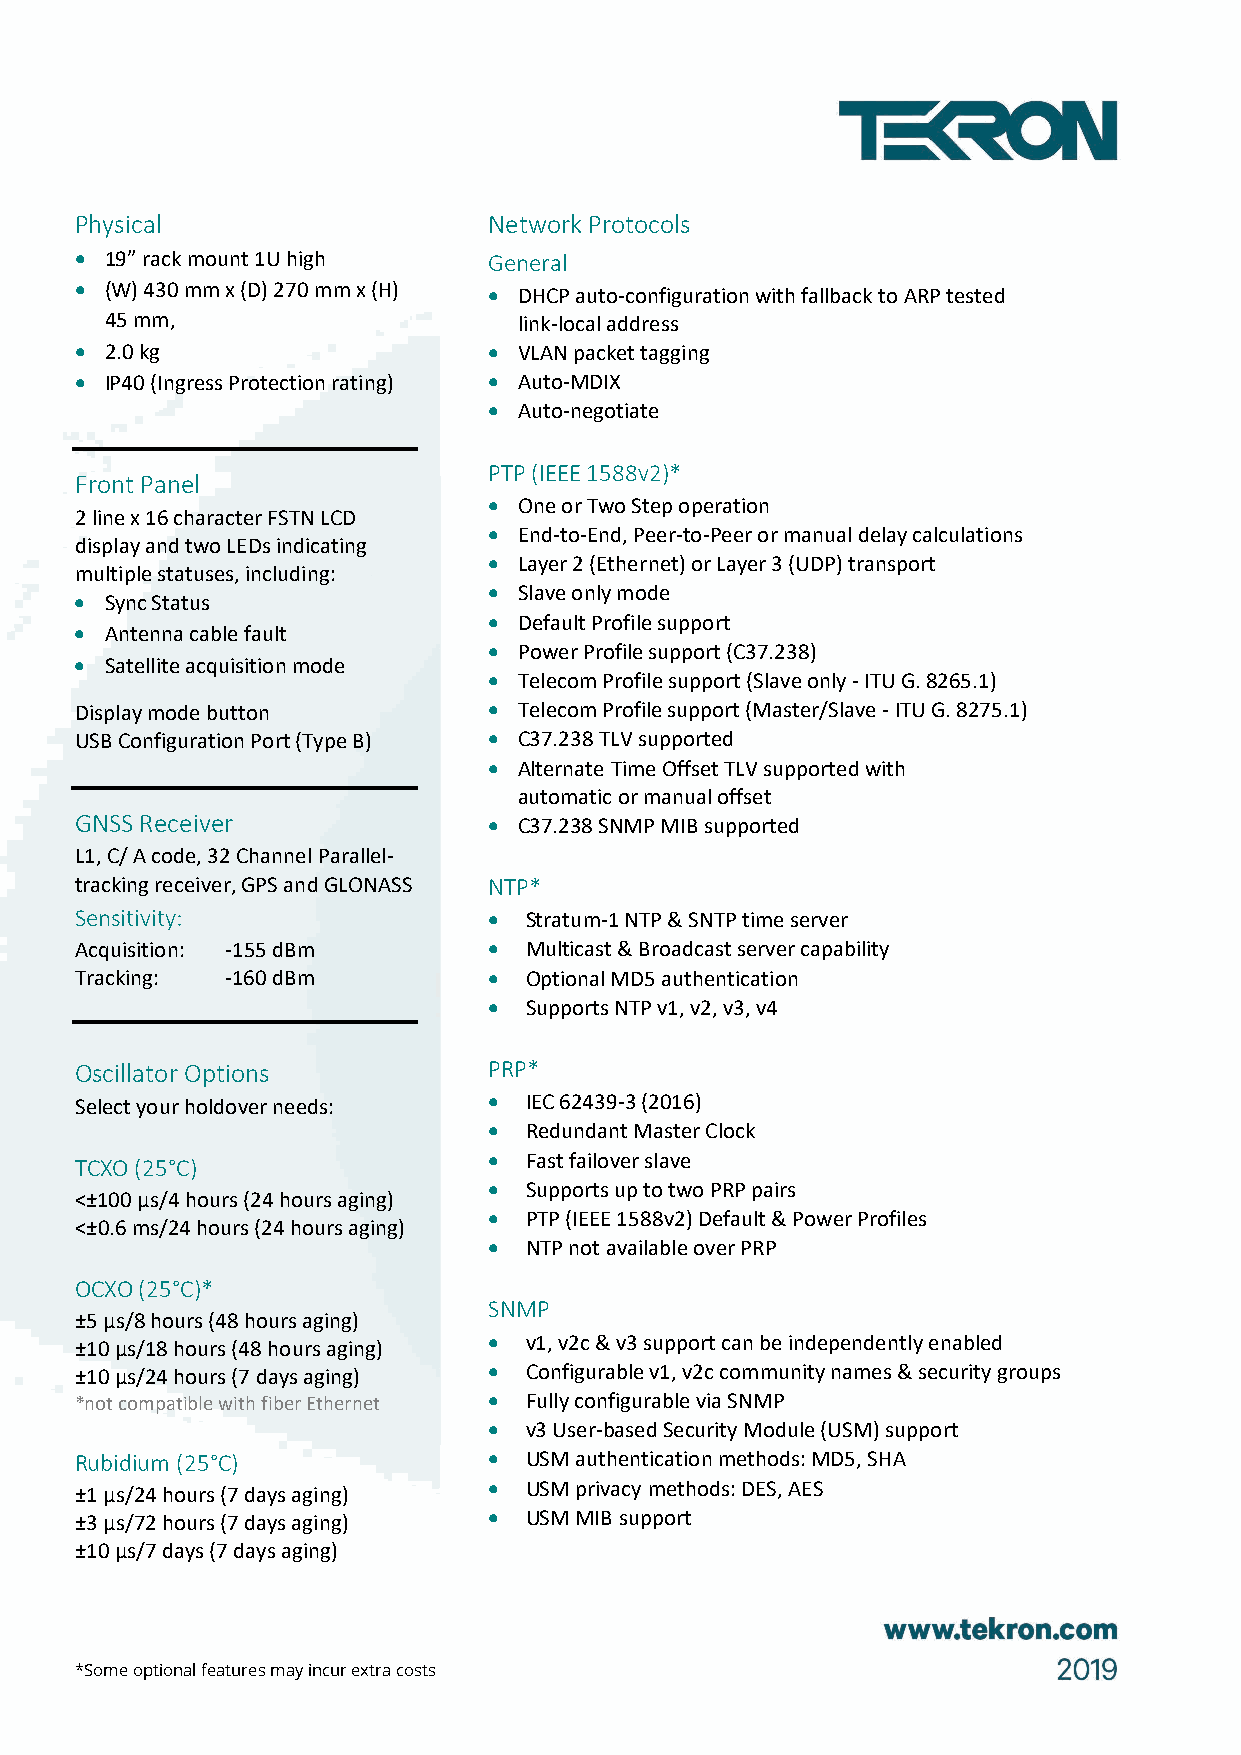
Physical                   Network Protocols
 • 19” rack mount 1U high   General
 • (W) 430 mm x (D) 270 mm x (H) • DHCP auto-configuration with fallback to ARP tested
 45 mm,                     link-local address
 • 2.0 kg                   • VLAN packet tagging
 • IP40 (Ingress Protection rating) • Auto-MDIX
 • Auto-negotiate
 PTP (IEEE 1588v2)*
 Front Panel
 • One or Two Step operation
 2 line x 16 character FSTN LCD
 • End-to-End, Peer-to-Peer or manual delay calculations
 display and two LEDs indicating
 • Layer 2 (Ethernet) or Layer 3 (UDP) transport
 multiple statuses, including:
 • Slave only mode
 • Sync Status
 • Default Profile support
 • Antenna cable fault
 • Power Profile support (C37.238)
 • Satellite acquisition mode
 • Telecom Profile support (Slave only - ITU G. 8265.1)
 Display mode button        • Telecom Profile support (Master/Slave - ITU G. 8275.1)
 USB Configuration Port (Type B) • C37.238 TLV supported
 • Alternate Time Offset TLV supported with
 automatic or manual offset
 GNSS Receiver              • C37.238 SNMP MIB supported
 L1, C/ A code, 32 Channel Parallel-
 tracking receiver, GPS and GLONASS NTP*
 Sensitivity:               •  Stratum-1 NTP & SNTP time server
 Acquisition: -155 dBm      •  Multicast & Broadcast server capability
 Tracking: -160 dBm         •  Optional MD5 authentication
 •  Supports NTP v1, v2, v3, v4
 Oscillator Options         PRP*
 Select your holdover needs: • IEC 62439-3 (2016)
 •  Redundant Master Clock
 TCXO (25°C)                •  Fast failover slave
 •  Supports up to two PRP pairs
 <±100 μs/4 hours (24 hours aging)
 •  PTP (IEEE 1588v2) Default & Power Profiles
 <±0.6 ms/24 hours (24 hours aging)
 •  NTP not available over PRP
 OCXO (25°C)*
 SNMP
 ±5 μs/8 hours (48 hours aging)
 ±10 μs/18 hours (48 hours aging)
 •  v1, v2c & v3 support can be independently enabled
 ±10 μs/24 hours (7 days aging) • Configurable v1, v2c community names & security groups
 *not compatible with fiber Ethernet • Fully configurable via SNMP
 •  v3 User-based Security Module (USM) support
 Rubidium (25°C)            •  USM authentication methods: MD5, SHA
 •  USM privacy methods: DES, AES
 ±1 μs/24 hours (7 days aging)
 ±3 μs/72 hours (7 days aging) • USM MIB support
 ±10 μs/7 days (7 days aging)
 *Some optional features may incur extra costs